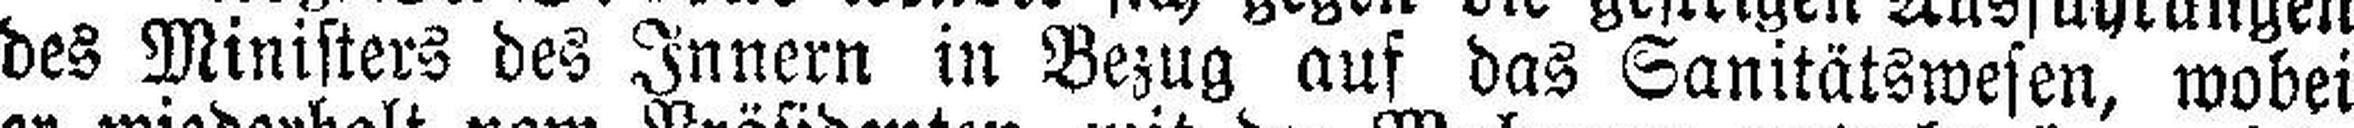
des Ministers des Innern in Bezug auf das Sanitätswesen, wobei